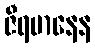
ဇီရမာနေန